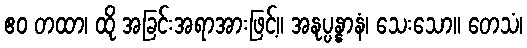
ဧဝ တထာ၊ ထို အခြင်းအရာအားဖြင့်။ အနုပ္ပန္နာနံ၊ သေးသော။ တေသံ၊